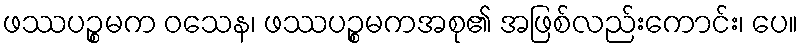
ဖဿပဉ္စမက ဝသေန၊ ဖဿပဉ္စမကအစု၏ အဖြစ်လည်းကောင်း၊ ပေ။